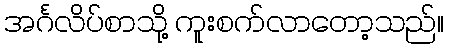
အင်္ဂလိပ်စာသို့ ကူးစက်လာတော့သည်။